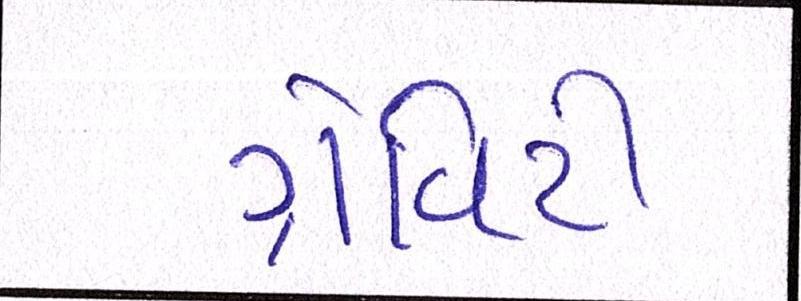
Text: ગ્રેવિટી